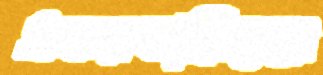
সফরকারিদের